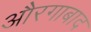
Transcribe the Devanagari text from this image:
औरगाबाद